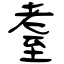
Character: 耋